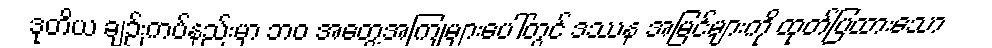
ဒုတိယ ချဉ်းကပ်နည်းမှာ ဘဝ အတွေ့အကြုံများပေါ်တွင် ဒဿန အမြင်များကို ထုတ်ပြထားသော